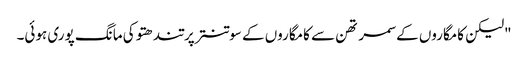
"لیکن کامگاروں کے سمرتھن سے کامگاروں کے سوتنتر پرتندھتو کی مانگ پوری ہوئی۔